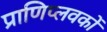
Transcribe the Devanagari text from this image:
प्राणिप्लवकों